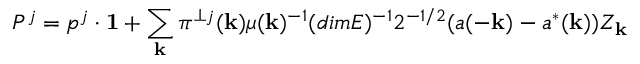
P ^ { j } = p ^ { j } \cdot { \bf 1 } + \sum _ { \bf k } \pi ^ { \perp j } ( { \bf k } ) \mu ( { \bf k } ) ^ { - 1 } ( d i m E ) ^ { - 1 } 2 ^ { - 1 / 2 } ( a ( - { \bf k } ) - a ^ { * } ( { \bf k } ) ) Z _ { \bf k }